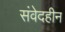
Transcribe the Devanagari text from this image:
संवेदहीन